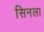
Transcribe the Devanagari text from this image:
सिनला